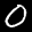
Label: 0